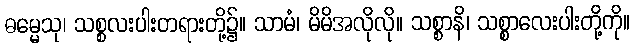
ဓမ္မေသု၊ သစ္စလးပါးတရားတို့၌။ သာမံ၊ မိမိအလိုလို။ သစ္စာနိ၊ သစ္စာလေးပါးတို့ကို။